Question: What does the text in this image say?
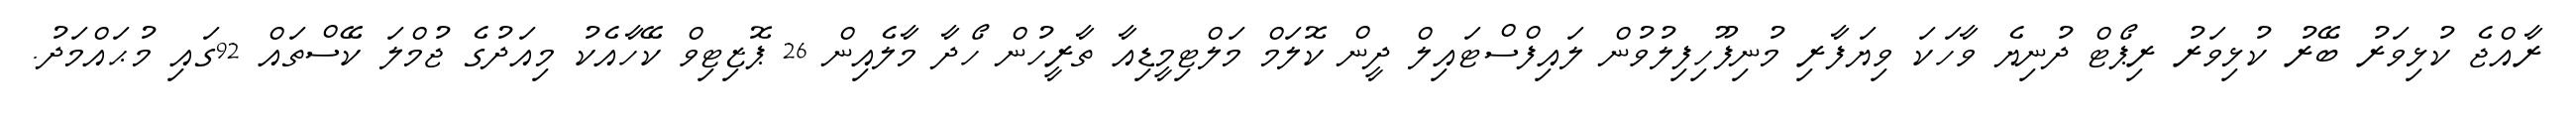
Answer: ރާއްޖެ ކުޅިވަރު ބޭރު ކުޅިވަރު ރިޕޯޓް ދުނިޔެ ވާހަކަ ވިޔަފާރި މުނިފޫހިފިލުވުން ލައިފްސްޓައިލް ދީން ކޮލަމް މަލްޓިމީޑިއާ ތާރީހުން ހޯދާ މާލެއިން 26 ޕޮޒިޓިވް ކޭހާއެކު މިއަދުގެ ޖުމްލަ ކޭސްތައް 92ގައި މުޙައްމަދު.